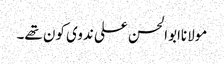
مولاناابوالحسن علی ندوی کون تھے۔